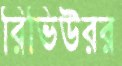
রিভিউরর